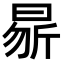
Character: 𭨝